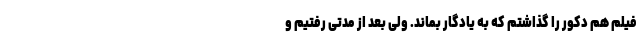
فیلم هم دکور را گذاشتم که به یادگار بماند. ولی بعد از مدتی رفتیم و